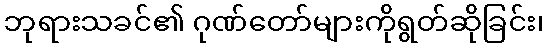
ဘုရားသခင်၏ ဂုဏ်တော်များကိုရွတ်ဆိုခြင်း၊